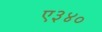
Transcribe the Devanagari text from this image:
ए३४०